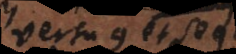
versu 9 et seqq.